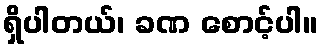
ရှိပါတယ်၊ ခဏ စောင့်ပါ။